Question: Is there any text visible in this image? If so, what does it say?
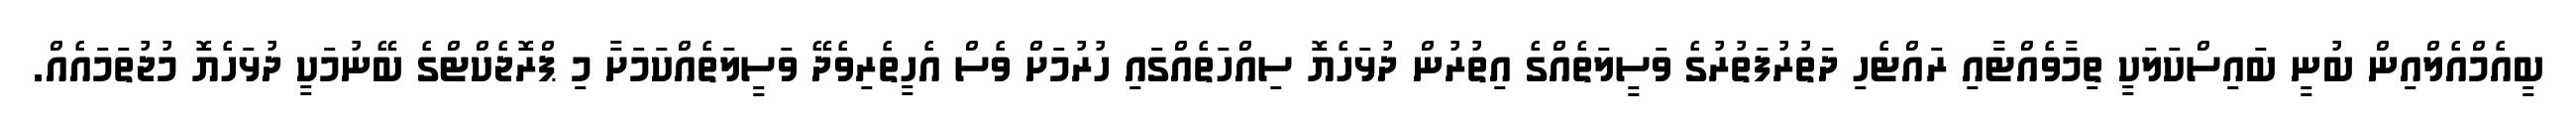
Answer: ބީއެމްއެލްއިން ބުނީ ބައިސްކަލަކީ ތިމާވެއްޓާއި ރައްޓެހި ދަތުރުފަތުރުގެ ވަސީލަތެއްގެ އިތުރުން ދުޅަހެޔޮ ސިއްހަތެއްގައި ހުރުމަށް ވެސް އެހީތެރިވެދޭ ވަސީލަތެއްކަމަށާ މި ޕްރޮޖެކްޓްގެ ބޭނުމަކީ ދުޅަހެޔޮ މުޖުތަމައެއް.